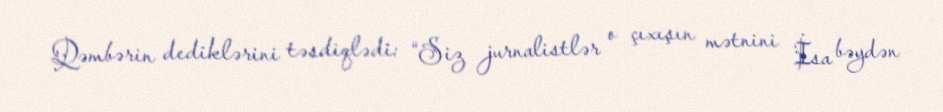
Qəmbərin dediklərini təsdiqlədi: “Siz jurnalistlər o çıxışın mətnini İsa bəydən